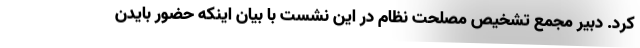
کرد. دبیر مجمع تشخیص مصلحت نظام در این نشست با بیان اینکه حضور بایدن